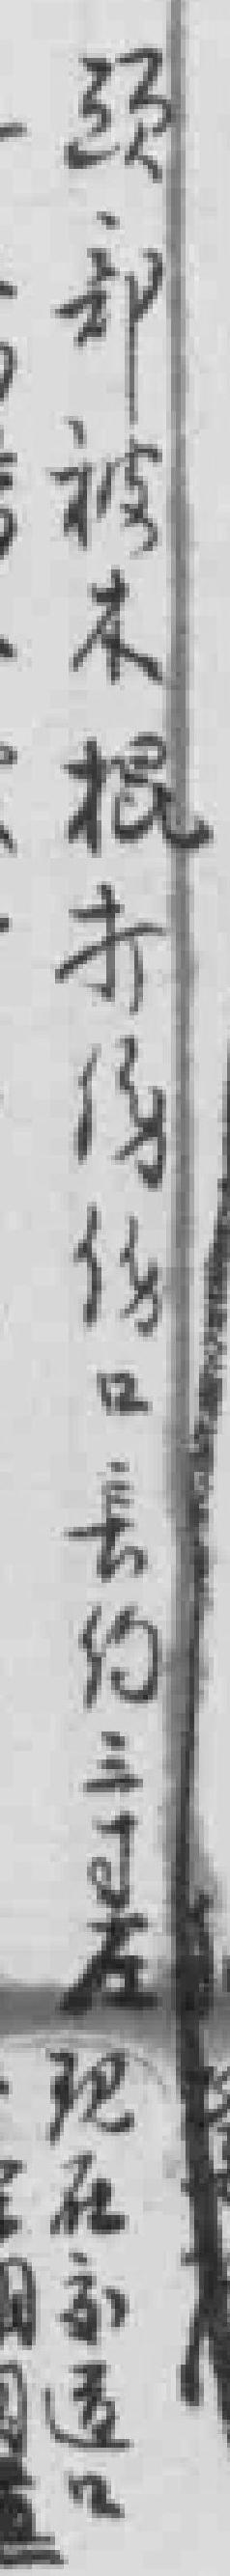
頭部被木棍打傷傷口長约三寸左现在家*口